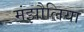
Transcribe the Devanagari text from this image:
मंझौलिया